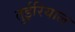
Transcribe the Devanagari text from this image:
तुईरियाल